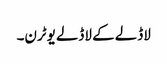
لاڈلے کے لاڈلے یوٹرن۔